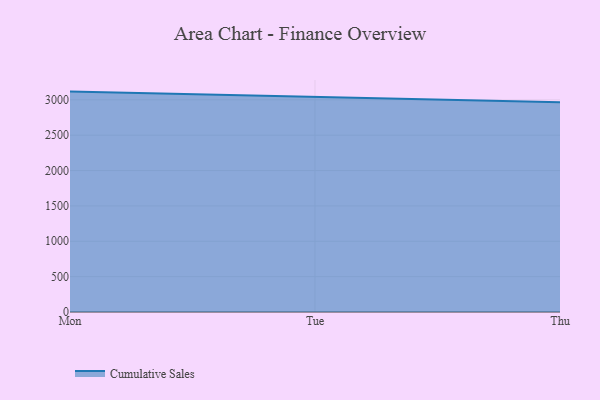
{"axis": {"x": "Day", "y": "Gross Profit (USD K)"}, "legend": ["Cumulative Sales"], "data": [{"x": "Mon", "y": 3116.5, "type": "Cumulative Sales"}, {"x": "Tue", "y": 3042.4, "type": "Cumulative Sales"}, {"x": "Thu", "y": 2965.5, "type": "Cumulative Sales"}]}